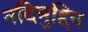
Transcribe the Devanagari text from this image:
नदिमुद्दिन